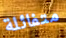
متفائلة